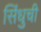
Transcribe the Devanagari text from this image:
सिंधुची